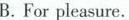
B. For pleasure.